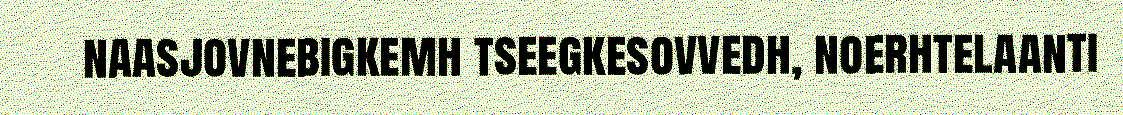
naasjovnebigkemh tseegkesovvedh, noerhtelaanti